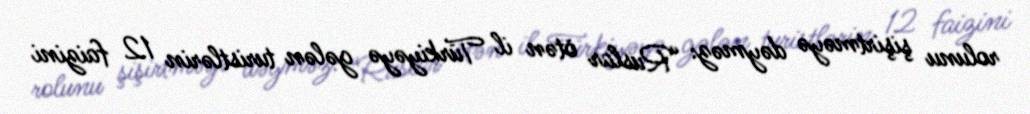
rolunu şişirtməyə dəyməz: “Ruslar ötən il Türkiyəyə gələn turistlərin 12 faizini